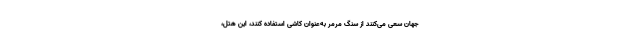
جهان سعی می‌کنند از سنگ مرمر به‌عنوان کاشی استفاده کنند، این هتل،